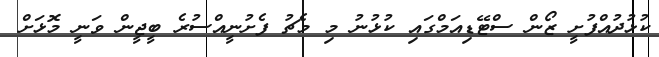
ކުޅުދުއްފުށީ ޒޯން ސްޓޭޑިއަމްގައި ކުޅުނު މި މެޗު ފެށުނީއްސުރެ ބީޖީން ވަނީ މޮޅަށް